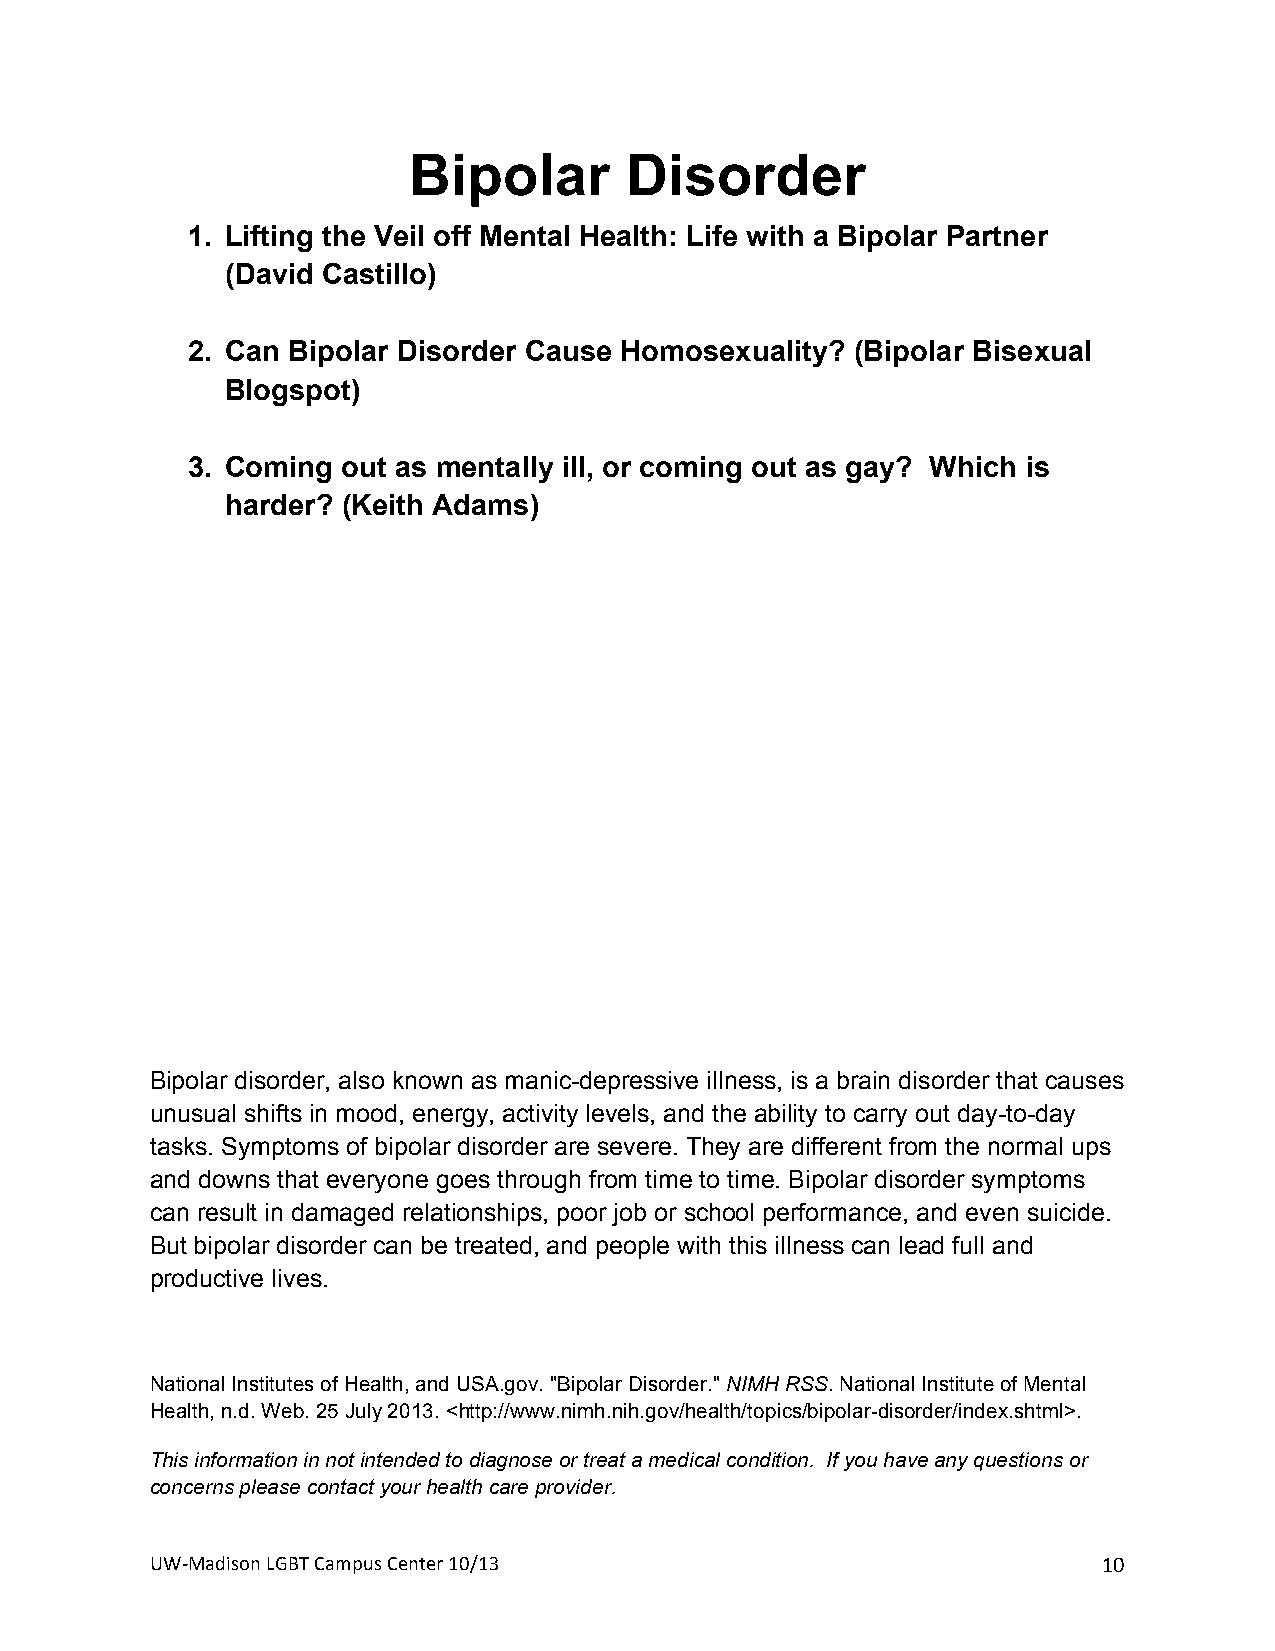
Bipolar       Disorder
 1. Lifting the Veil off Mental Health: Life with a Bipolar Partner
 (David Castillo)
 2. Can Bipolar Disorder Cause Homosexuality? (Bipolar Bisexual
 Blogspot)
 3. Coming  out as mentally ill, or coming out as gay? Which is
 harder? (Keith Adams)
 Bipolar disorder, also known as manic-depressive illness, is a brain disorder that causes
 unusual shifts in mood, energy, activity levels, and the ability to carry out day-to-day
 tasks. Symptoms of bipolar disorder are severe. They are different from the normal ups
 and downs that everyone goes through from time to time. Bipolar disorder symptoms
 can result in damaged relationships, poor job or school performance, and even suicide.
 But bipolar disorder can be treated, and people with this illness can lead full and
 productive lives.
 +
 National Institutes of Health, and USA.gov. "Bipolar Disorder." NIMH RSS. National Institute of Mental
 Health, n.d. Web. 25 July 2013. <http://www.nimh.nih.gov/health/topics/bipolar-disorder/index.shtml>.
 This information in not intended to diagnose or treat a medical condition. If you have any questions or
 concerns please contact your health care provider.
 UW#Madison+LGBT+Campus+Center+10/13+                           10+